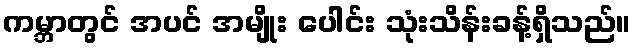
ကမ္ဘာတွင် အပင် အမျိုး ပေါင်း သုံးသိန်းခန့်ရှိသည်။